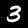
Label: 3